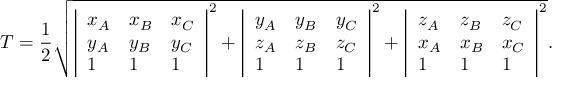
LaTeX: T = { \frac { 1 } { 2 } } { \sqrt { { \left| \begin{array} { l l l } { x _ { A } } & { x _ { B } } & { x _ { C } } \\ { y _ { A } } & { y _ { B } } & { y _ { C } } \\ { 1 } & { 1 } & { 1 } \end{array} \right| } ^ { 2 } + { \left| \begin{array} { l l l } { y _ { A } } & { y _ { B } } & { y _ { C } } \\ { z _ { A } } & { z _ { B } } & { z _ { C } } \\ { 1 } & { 1 } & { 1 } \end{array} \right| } ^ { 2 } + { \left| \begin{array} { l l l } { z _ { A } } & { z _ { B } } & { z _ { C } } \\ { x _ { A } } & { x _ { B } } & { x _ { C } } \\ { 1 } & { 1 } & { 1 } \end{array} \right| } ^ { 2 } } } .